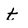
Character: t